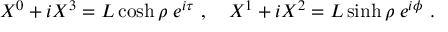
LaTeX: X ^ { 0 } + i X ^ { 3 } = L \cosh \rho \; e ^ { i \tau } \ , \quad X ^ { 1 } + i X ^ { 2 } = L \sinh \rho \; e ^ { i \phi } \ .